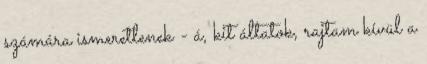
számára ismeretlenek - á, kit áltatok, rajtam kívül a